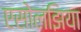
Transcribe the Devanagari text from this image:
एसोलझिया